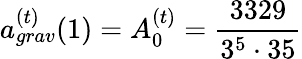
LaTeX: a_{grav}^{(t)}(1)=A_{0}^{(t)}=\frac{3329}{3^{5}\cdot 35}